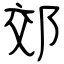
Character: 郊